Medical and sanitary report on the native army of Bombay for the year
Year: 1879
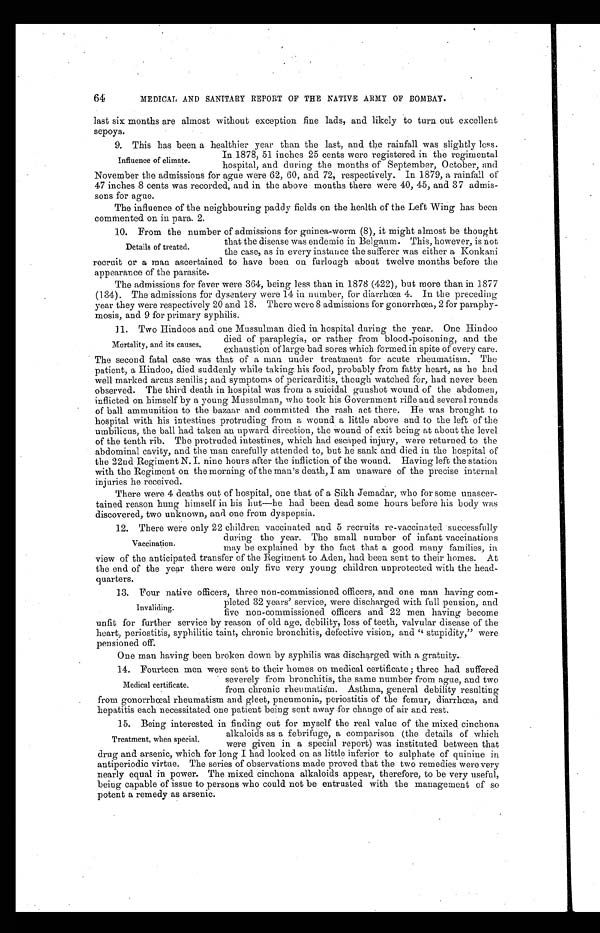
64
MEDICAL AND SANITARY REPORT OF THE NATIVE ARMY OF BOMBAY.
64 MEDICAL AND SANITARY REPORT OF THE NATIVE ARMY OF BOMBAY.
last six months are almost without exception fine lads, and likely to turn out excellent
sepoys.
9. This has been a healthier year than the last, and the rainfall was slightly less.
10. 11.
In.1878, 51 inches 25 cents were registered in the regimental
Influence of climate.
hospital, and during the months of September, October, and
November the admissions for ague were 62, 60, and 72, respectively. In 1879, a rainfall of
47 inches 8 cents was recorded, and in the above months there were 40, 45, and 37 admis
- sons for ague.
The influence of the neighbouring paddy fields on the health of the Left Wing has been
commented on in para. 2.
12. From the number of admissions for guinea-worm (8), it might almost be thought
that the disease was endemic in Belgaum. This, however, is not
the case, as in every instance the sufferer was either a Konkani.
recruit or a man ascertained to have been on furlough about twelve months before the
appearance of the parasite.
The admissions for fever were 364, being less than in 1878 (422), but more than in 1877
(134). The admissions for dysentery were 14 in number, for diarrhœa 4. In the preceding
year they were respectively 20 and 18. There were 8 admissions for gonorrhœa, 2 for paraphy
- mosis, and 9 for primary syphilis.
13.Two Hindoos and one Mussulman died in hospital during the year. One Hindoo
died of paraplegia, or rather from blood-poisoning, and the
Mortality, and its causes, exhaustion of large bad sores which formed in spite of every care.
The second fatal case was that of a man under treatment for acute rheumatism. The
patient, a Hindoo, died suddenly while taking his food, probably from fatty heart, as he had
well marked arcus senilis ; and symptoms of pericarditis, though watched for, had never been
observed. The third death in hospital was from a suicidal gunshot wound of the abdomen,
inflicted on himself by a young Mussulman, who took his Government rifle and several rounds
of ball ammunition to the bazaar and committed the rash act there. He was brought to
hospital with his intestines protruding from a wound a little above and to the left of the
umbilicus, the ball had taken an upward direction, the wound of exit being at about the level
of the tenth rib. The protruded intestines, which had escaped injury, were returned to the
abdominal cavity, and the man carefully attended to, but he sank and died in the hospital of
the 22nd Regiment N. I. nine hours after the infliction of the wound. Having left the station
with the Regiment on the morning of the man's death, I am unaware of the precise internal.
injuries he received.
There were 4 deaths out of hospital, one that of a Sikh Jemadar, who for some unascer
- tained reason hung himself' in his hut—he had been dead some hours before his body was
discovered, two unknown, and one from dyspepsia.
14. There were only 22 children vaccinated and 5 recruits re-vaccinated successfully
during the year. The small number of infant vaccinations
Vaccination.
may be explained by the fact that a good many families, in
view of the anticipated transfer of the Regiment to Aden, had been sent to their homes. At
the end of the year there were only five very young children unprotected with the head
- q u a r t e r s .
15.Four native officers, three non-commissioned officers, and one man havimg
b c o m- -
pleted 32 years' service, were discharged with full pension, and
five non-commissioned officers and 22 men having become
unfit for further service by reason of old age, debility, loss of teeth, valvular disease of the
heart, periostitis, syphilitic taint, chronic bronchitis, defective vision, and " stupidity," were
pensioned off.
One man having been broken down by syphilis was discharged with a gratuity.
16.Fourteen men were sent to their homes on medical certificate; three had suffered
severely from bronchitis, the . same number from ague, and two
Medical certificate.
from chronic rheumatism. Asthma, general debility resulting
from gonorrhœal rheumatism and gleet, pneumonia, periostitis of the femur, diarrhœa, and
hepatitis each necessitated one patient being sent away for change of air and rest.
17.Being interested in finding out for myself the real value of the mixed cinchona
alkaloids as a febrifuge, a comparison (the details of .which
Treatment, when special,
were given in a special report) was instituted between that
drug and arsenic, which for long I had looked on as little inferior to sulphate of quinine in
antiperiodic virtue. The series of observations made proved that the two remedies were very
nearly equal in power. The mixed cinchona alkaloids appear, therefore, to be very useful,
being capable of issue to persons who could not be entrusted with the management of so
potent a remedy as arsenic.
Details of treated.